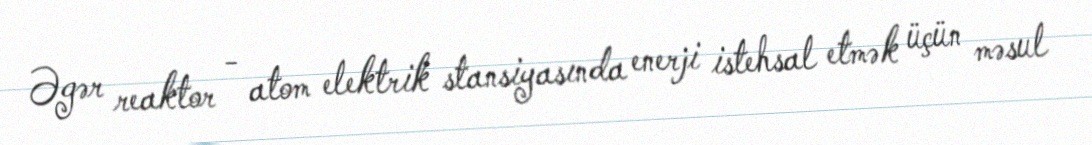
Əgər reaktor - atom elektrik stansiyasında enerji istehsal etmək üçün məsul